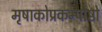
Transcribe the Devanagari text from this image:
मृषाकोप्रकम्पोष्ठो